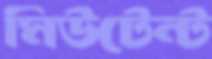
মিউটেন্ট